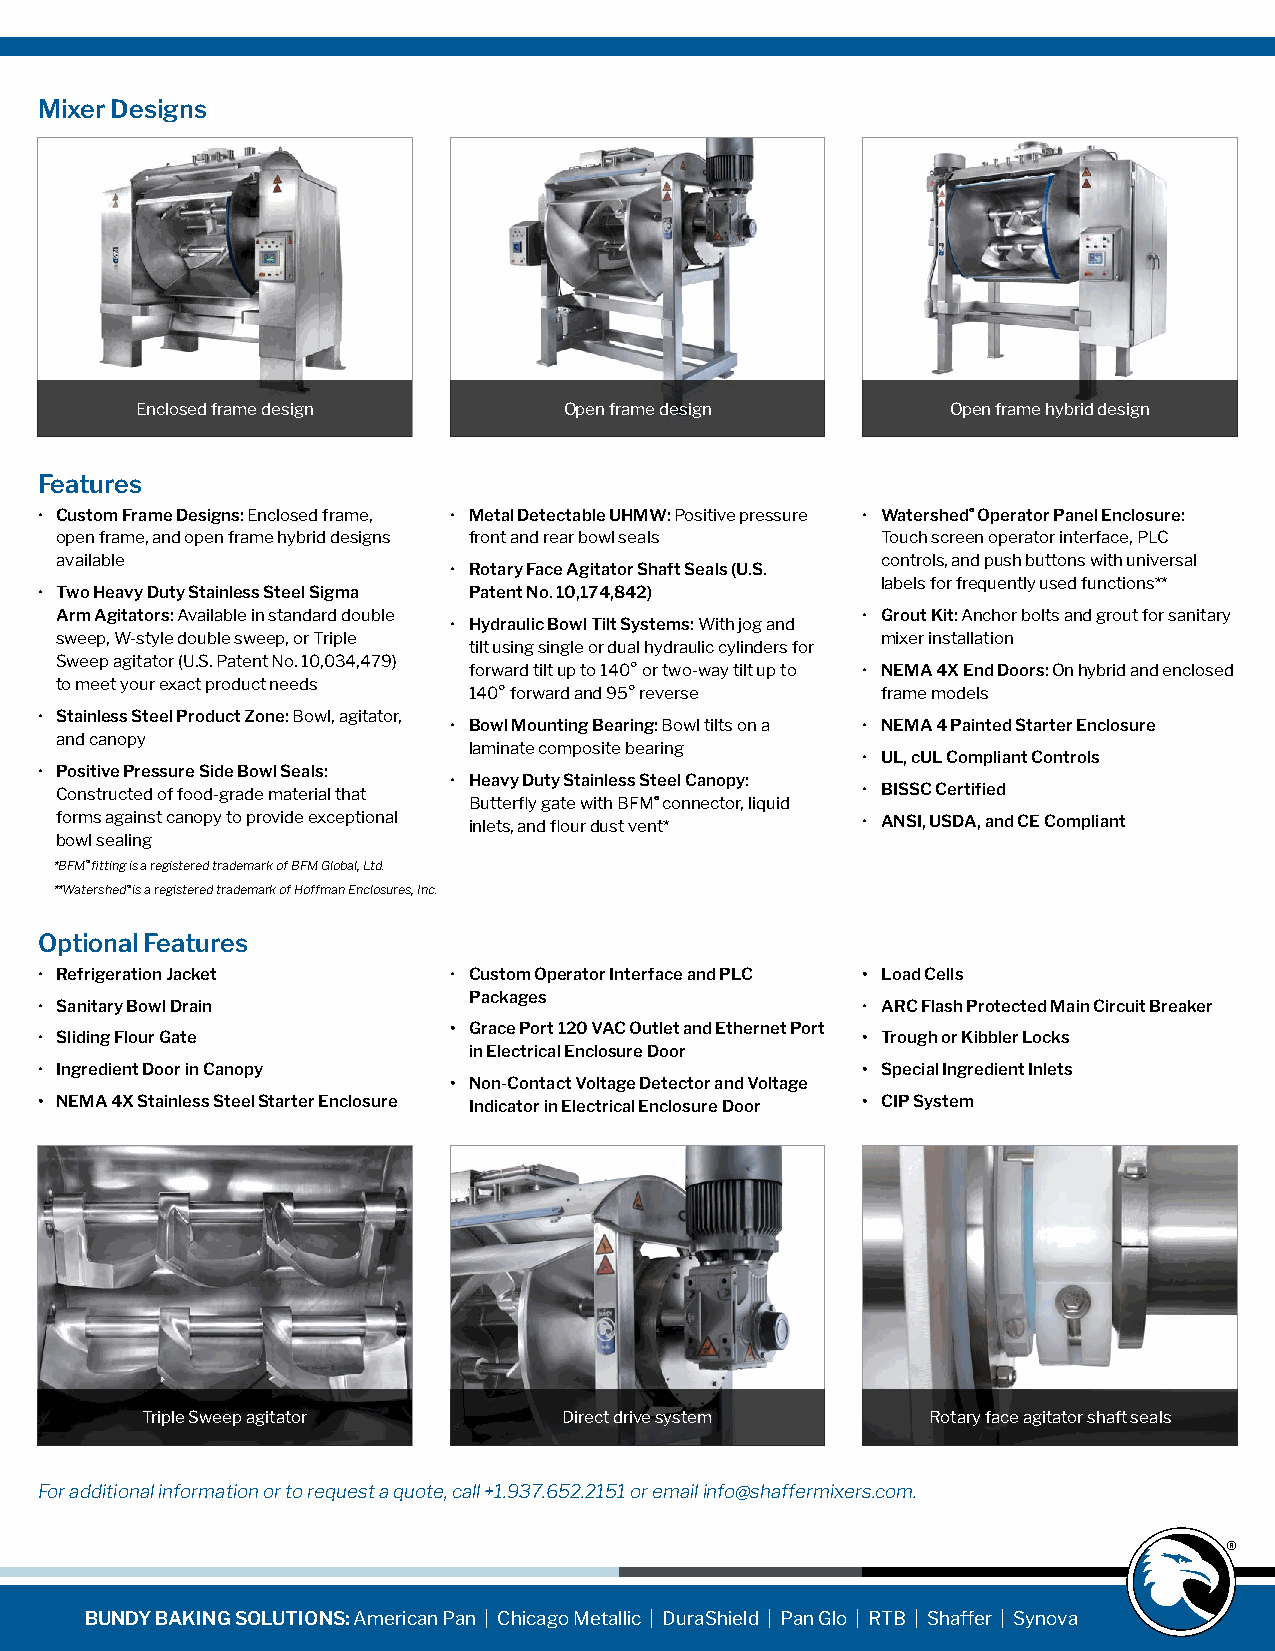
Mixer Designs
 Enclosed frame design       Open frame design         Open frame hybrid design
 Features
 • Custom Frame Designs: Enclosed frame, • Metal Detectable UHMW: Positive pressure • Watershed® Operator Panel Enclosure:
 open frame, and open frame hybrid designs front and rear bowl seals Touch screen operator interface, PLC
 available                                             controls, and push buttons with universal
 • Rotary Face Agitator Shaft Seals (U.S.
 labels for frequently used functions**
 • Two Heavy Duty Stainless Steel Sigma Patent No. 10,174,842)
 Arm Agitators: Available in standard double          • Grout Kit: Anchor bolts and grout for sanitary
 • Hydraulic Bowl Tilt Systems: With jog and
 sweep, W-style double sweep, or Triple                mixer installation
 tilt using single or dual hydraulic cylinders for
 Sweep agitator (U.S. Patent No. 10,034,479)
 forward tilt up to 140° or two-way tilt up to • NEMA 4X End Doors: On hybrid and enclosed
 to meet your exact product needs
 140° forward and 95° reverse frame models
 • Stainless Steel Product Zone: Bowl, agitator,
 • Bowl Mounting Bearing: Bowl tilts on a • NEMA 4 Painted Starter Enclosure
 and canopy
 laminate composite bearing
 • UL, cUL Compliant Controls
 • Positive Pressure Side Bowl Seals:
 • Heavy Duty Stainless Steel Canopy:
 Constructed of food-grade material that              • BISSC Certified
 Butterfly gate with BFM® connector, liquid
 forms against canopy to provide exceptional inlets, and flour dust vent* • ANSI, USDA, and CE Compliant
 bowl sealing
 *BFM® fitting is a registered trademark of BFM Global, Ltd.
 **Watershed® is a registered trademark of Hoffman Enclosures, Inc.
 Optional Features
 • Refrigeration Jacket      • Custom Operator Interface and PLC • Load Cells
 Packages
 • Sanitary Bowl Drain                                  • ARC Flash Protected Main Circuit Breaker
 • Grace Port 120 VAC Outlet and Ethernet Port
 • Sliding Flour Gate                                   • Trough or Kibbler Locks
 in Electrical Enclosure Door
 • Ingredient Door in Canopy                            • Special Ingredient Inlets
 • Non-Contact Voltage Detector and Voltage
 • NEMA 4X Stainless Steel Starter Enclosure Indicator in Electrical Enclosure Door • CIP System
 Triple Sweep agitator       Direct drive system      Rotary face agitator shaft seals
 For additional information or to request a quote, call +1.937.652.2151 or email info@shaffermixers.com.
 BUNDY BAKING SOLUTIONS: American Pan | Chicago Metallic | DuraShield | Pan Glo | RTB | Shaffer | Synova